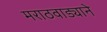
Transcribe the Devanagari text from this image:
मराठवाड्याने